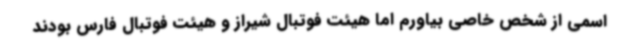
اسمی از شخص خاصی بیاورم اما هیئت فوتبال شیراز و هیئت فوتبال فارس بودند